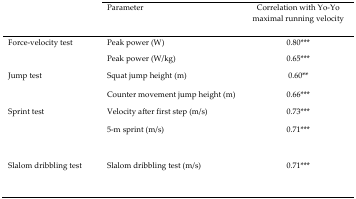
<table><thead><tr><td></td><td><b>Parameter</b></td><td><b>Correlation with Yo-Yo maximal running velocity</b></td></tr></thead><tbody><tr><td rowspan="2">Force-velocity test</td><td>Peak power (W)</td><td>0.80<sup>***</sup></td></tr><tr><td>Peak power (W/kg)</td><td>0.65<sup>***</sup></td></tr><tr><td rowspan="2">Jump test</td><td>Squat jump height (m)</td><td>0.60<sup>**</sup></td></tr><tr><td>Counter movement jump height (m)</td><td>0.66<sup>***</sup></td></tr><tr><td rowspan="2">Sprint test</td><td>Velocity after first step (m/s)</td><td>0.73<sup>***</sup></td></tr><tr><td>5-m sprint (m/s)</td><td>0.71<sup>***</sup></td></tr><tr><td>Slalom dribbling test</td><td>Slalom dribbling test (m/s)</td><td>0.71<sup>***</sup></td></tr></tbody></table>